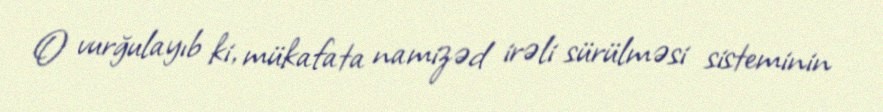
O vurğulayıb ki, mükafata namizəd irəli sürülməsi sisteminin